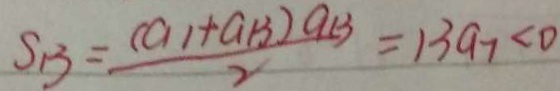
S _ { B } = \frac { ( a _ { 1 } + G _ { 1 } 3 ) a _ { 1 3 } } { 2 } = 1 3 a _ { 7 } < 0